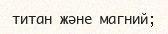
титан және магний;